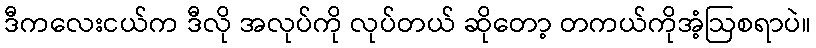
ဒီကလေးငယ်က ဒီလို အလုပ်ကို လုပ်တယ် ဆိုတော့ တကယ်ကိုအံ့ဩစရာပဲ။